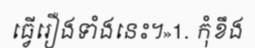
ធ្វើរឿងទាំងនេះ។»1. កុំខឹង